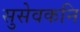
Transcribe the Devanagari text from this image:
सुसेवकनि